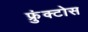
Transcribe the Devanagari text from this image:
फ्रुंक्टोस